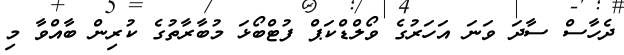
ދެހާސް ސާދަ ވަނަ އަހަރުގެ ވޯލްޑްކަޕް ފުޓްބޯޅަ މުބާރާތުގެ ކުރިން ބާއްވާ މި